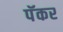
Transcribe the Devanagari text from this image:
पॅकर